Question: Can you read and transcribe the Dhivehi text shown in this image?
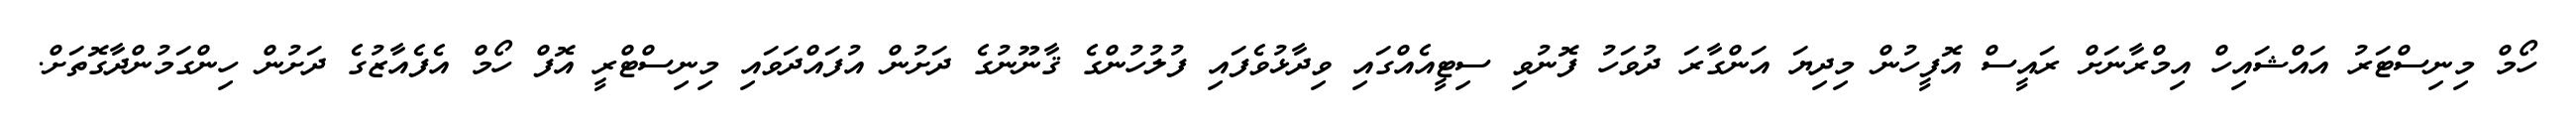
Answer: ހޯމް މިނިސްޓަރު އައްޝައިހް އިމްރާނަށް ރައީސް އޮފީހުން މިދިޔަ އަންގާރަ ދުވަހު ފޮނުވި ސިޓީއެއްގައި ވިދާޅުވެފައި ފުލުހުންގެ ޤާނޫނުގެ ދަށުން އުފައްދަވައި މިނިސްޓްރީ އޮފް ހޯމް އެފެއާޒުގެ ދަށުން ހިންގަމުންދާގޮތަށް.